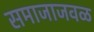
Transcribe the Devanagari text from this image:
समाजाजवळ